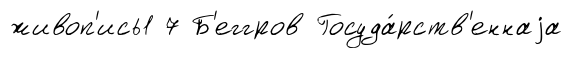
живоп'ись1 7 Б'еггров Госуда́рств'еннаjа